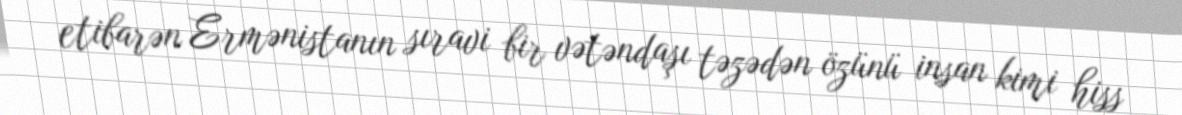
etibarən Ermənistanın sıravi bir vətəndaşı təzədən özünü insan kimi hiss